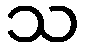
သ